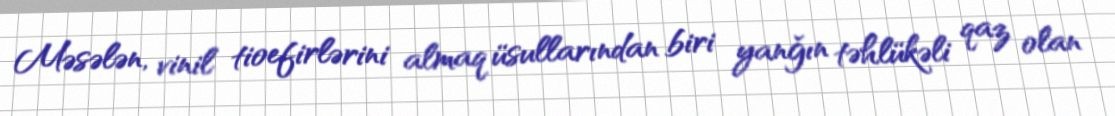
Məsələn, vinil tioefirlərini almaq üsullarından biri yanğın təhlükəli qaz olan